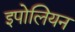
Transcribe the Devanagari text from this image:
इपोलियन